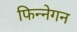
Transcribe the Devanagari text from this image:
फिन्नेगन